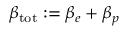
\beta _ { \mathrm { t o t } } : = \beta _ { e } + \beta _ { p }